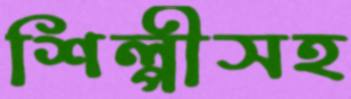
শিল্পীসহ